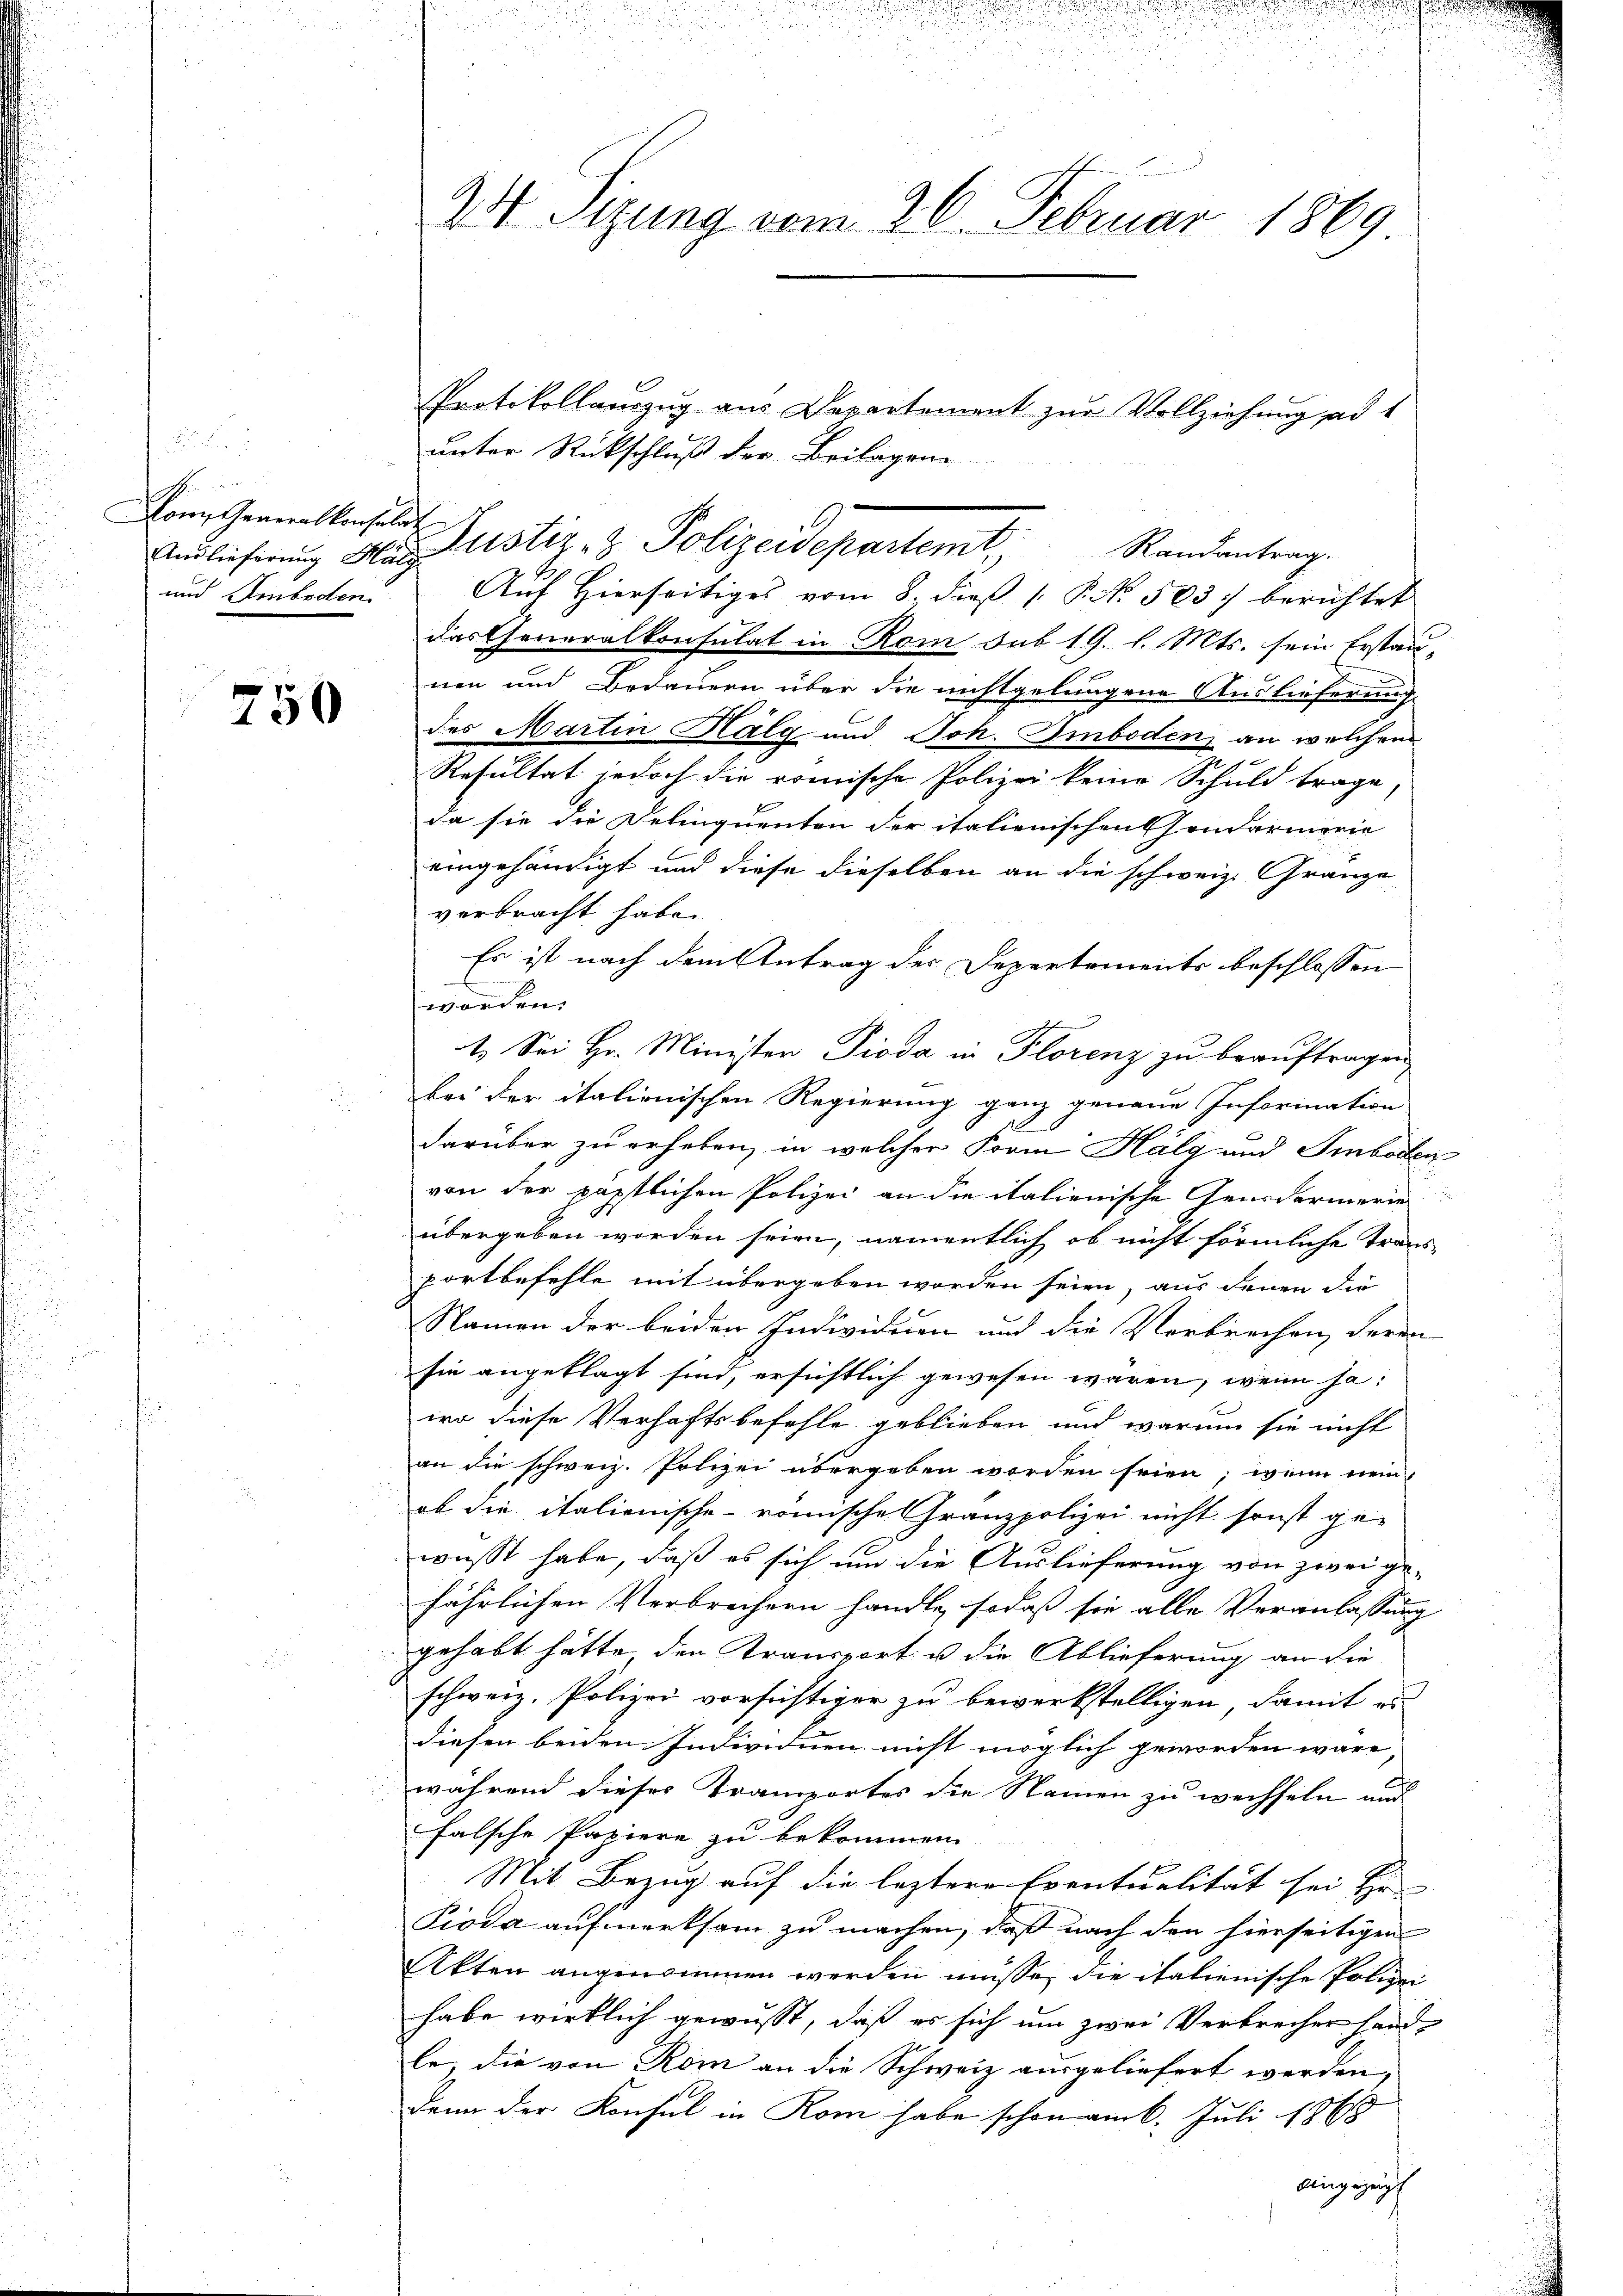
Mom Generalkonsulat

f
150

2 Sizung vom 26. Februar 1869

unter Rückschluß der Beilagene
Anslieferung Mit Zustiz- & Polizeidepartemt Randantrag.
und Ambeden. Auf Hierseitiges vom 8. dieß P. Nr. 503. berichtet
das Generalkonsulat in Rom sub 19. l. Mts. sein Erstau-
nen und Bedauern über die nichtgelungene Auslieferung
des Martin Halg und Joh. Einboden an welchen
Resultat jedoch die römische Polizei keine Schuld trage,
da sie die Delinquenten der italienischen Hondarmorie
eingehändigt und diese dieselben an die schweiz. Gränze
verbracht habe.
Es ist nach dem Antrag der Departements beschlossen
worden.
1. Sei Hr. Ministen Pioda in Florenz zu beauftragen
bei der italienischen Regierung ganz genaue Information
darüber zu erheben, in welcher Form Kalg und Embolen
von der päpstlichen Polizei an die italienische Gensdarmerie
übergeben worden seien, namentlich, ob nicht förmliche Trans-
portbefehle mit übergeben worden seien, aus denen die
Namen der beiden Individuen und die Verbrechen, deren
sie angeklagt sind, ersichtlich gewesen wären, wenn ja:
iro diese Verhaftsbefehle geblieben, und warum sie nicht
an die schweiz. Polizei übergeben worden seien; wenn nei
ob die italienische römische Granzpolizei nicht sonst ge-
wusst habe, daß es sich um die Auslieferung von zwei gefährlichen Verbrechern handle, sodaß sie alle Veranlassung
gehabt hätte den Kransport u die Ablieferung an die
schweiz. Polizei vorsichtiger zu bewerkstelligen, damit es
diesen beiden Individuen nicht möglich geworden wäre,
während dieser Transportes die Namen zu wechseln aus
falsche Papiere zu bekommen
Mit Bezug auf die leztere Eventualität sei Hr.
Pioda aufmerksam zu machen, daß nach den hierseitigen
Akten angenommen werden müsse, die italienische Polizei
habe wirklich gewusst, daß es sich um zwei Verbrecher handle, die von Röm an die Schweiz ausgeliefert werden,
denn der Konsul in Rom habe schon am k. Juli sp
dingezeig

Protokollauszug aus Departement zur Vollziehung ad 1